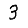
Digit: 3